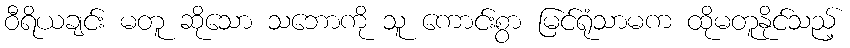
ဝီရိယချင်း မတူ ဆိုသော သဘောကို သူ ကောင်းစွာ မြင်ရုံသာမက ထိုမတူနိုင်သည့်